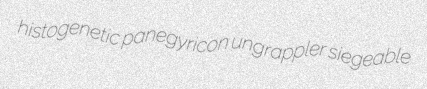
histogenetic panegyricon ungrappler siegeable